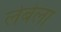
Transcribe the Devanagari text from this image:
लेबेला